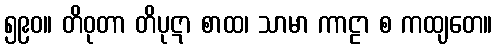
၅၉၀။ တိဝုတာ တိပုဋာ စာထ၊ သာမာ ကာဠာ စ ကထျတေ။